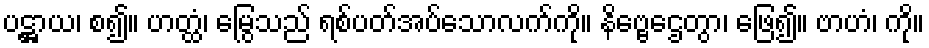
ပဋ္ဌာယ၊ စ၍။ ဟတ္ထံ၊ မြွေသည် ရစ်ပတ်အပ်သောလက်ကို။ နိဗ္ဗေဌေတွာ၊ ဖြေ၍။ ဗာဟံ၊ ကို။